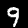
Label: 9